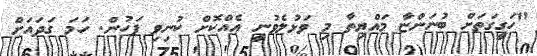
"ހަގީގަތަށް ބުނަންޏާ މައްޔިތާ މި ވަޅުލެވުނީ އެއްކޮށް ކުނިވި ފަހުން. ހަމަ ގަދައަށް